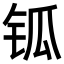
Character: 𨱃